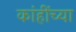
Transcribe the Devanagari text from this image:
कांहींच्या